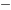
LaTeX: \scriptscriptstyle-